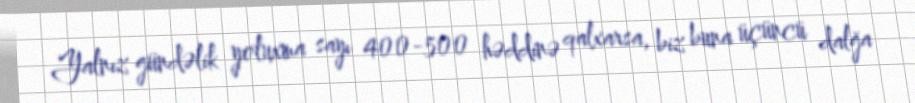
Yalnız gündəlik yoluxma sayı 400-500 həddinə qalxarsa, biz buna üçüncü dalğa